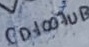
Text: CD4007UB